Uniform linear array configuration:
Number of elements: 24
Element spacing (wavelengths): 1
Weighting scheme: uniform
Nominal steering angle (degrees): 15
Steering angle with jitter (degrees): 13.595
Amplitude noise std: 0.05
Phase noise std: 0.05

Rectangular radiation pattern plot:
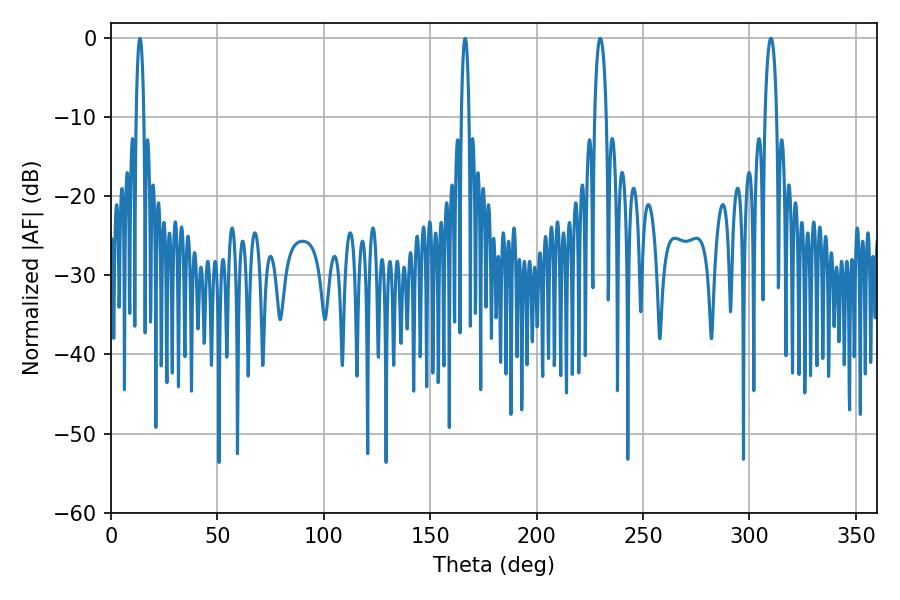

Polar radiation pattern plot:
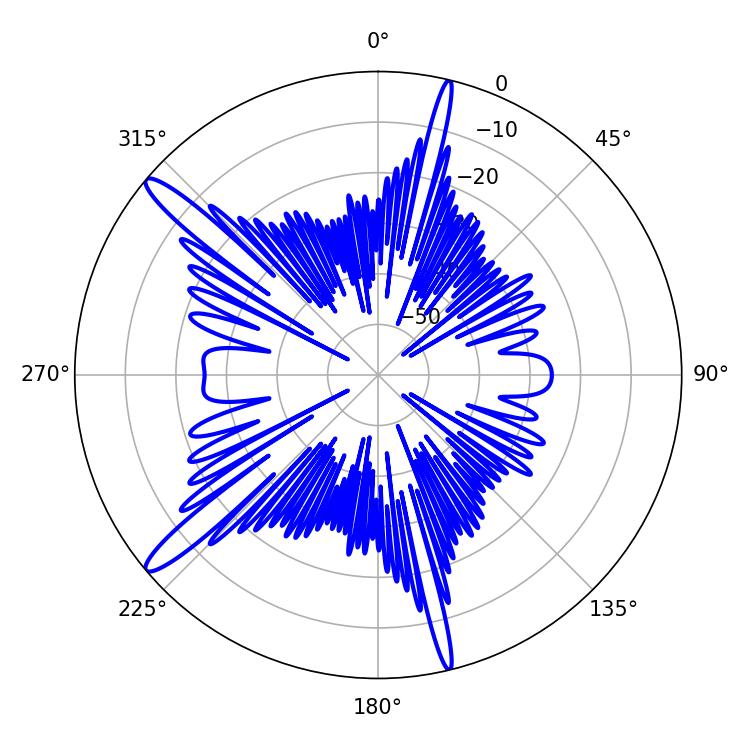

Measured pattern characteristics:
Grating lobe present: TRUE
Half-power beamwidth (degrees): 3.06
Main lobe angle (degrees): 310.14